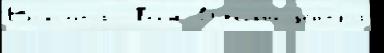
Высота́ Том Од'ино це́нтра